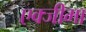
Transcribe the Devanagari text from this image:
एक्जीमा